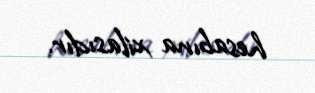
hesabına xilasıdır.